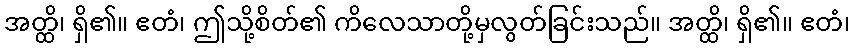
အတ္ထိ၊ ရှိ၏။ ဧတံ၊ ဤသို့စိတ်၏ ကိလေသာတို့မှလွတ်ခြင်းသည်။ အတ္ထိ၊ ရှိ၏။ ဧတံ၊